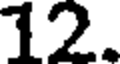
12.